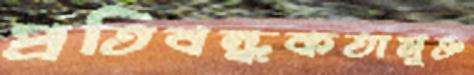
প্রতিবন্ধকতামুক্ত